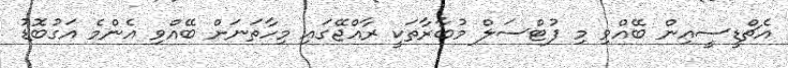
އެޗްޑީސީއިން ބޭއްވި މި ފުޓްސަލް މުބާރާތަކީ ރާއްޖޭގައި މިހާތަނަށް ބޭއްވި އެންމެ އަގުބޮޑު